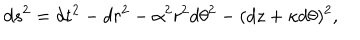
LaTeX: d s ^ { 2 } = d t ^ { 2 } - d r ^ { 2 } - \alpha ^ { 2 } r ^ { 2 } d \theta ^ { 2 } - ( d z + \kappa d \theta ) ^ { 2 } ,